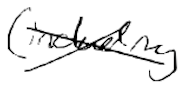
Text: (including
Cross-out: cross
Writing tool: digital_black